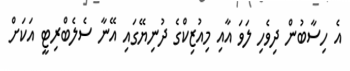
އެ ހިސާބުން ދިވެހި ލަވަ އާއި މިއުޒިކްގެ ދުނިޔޭގައި އޭނާ ސެލެބްރިޓީ އަކަށް